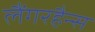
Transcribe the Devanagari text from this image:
लैंगरहैन्स